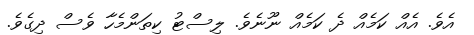
އެވެ. އެއް ކަމެއް ދެ ކަމެއް ނޫނެވެ. ލިސްޓު ކިތަންމެހާ ވެސް ދިގެވެ.